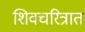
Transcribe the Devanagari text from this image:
शिवचरित्रात